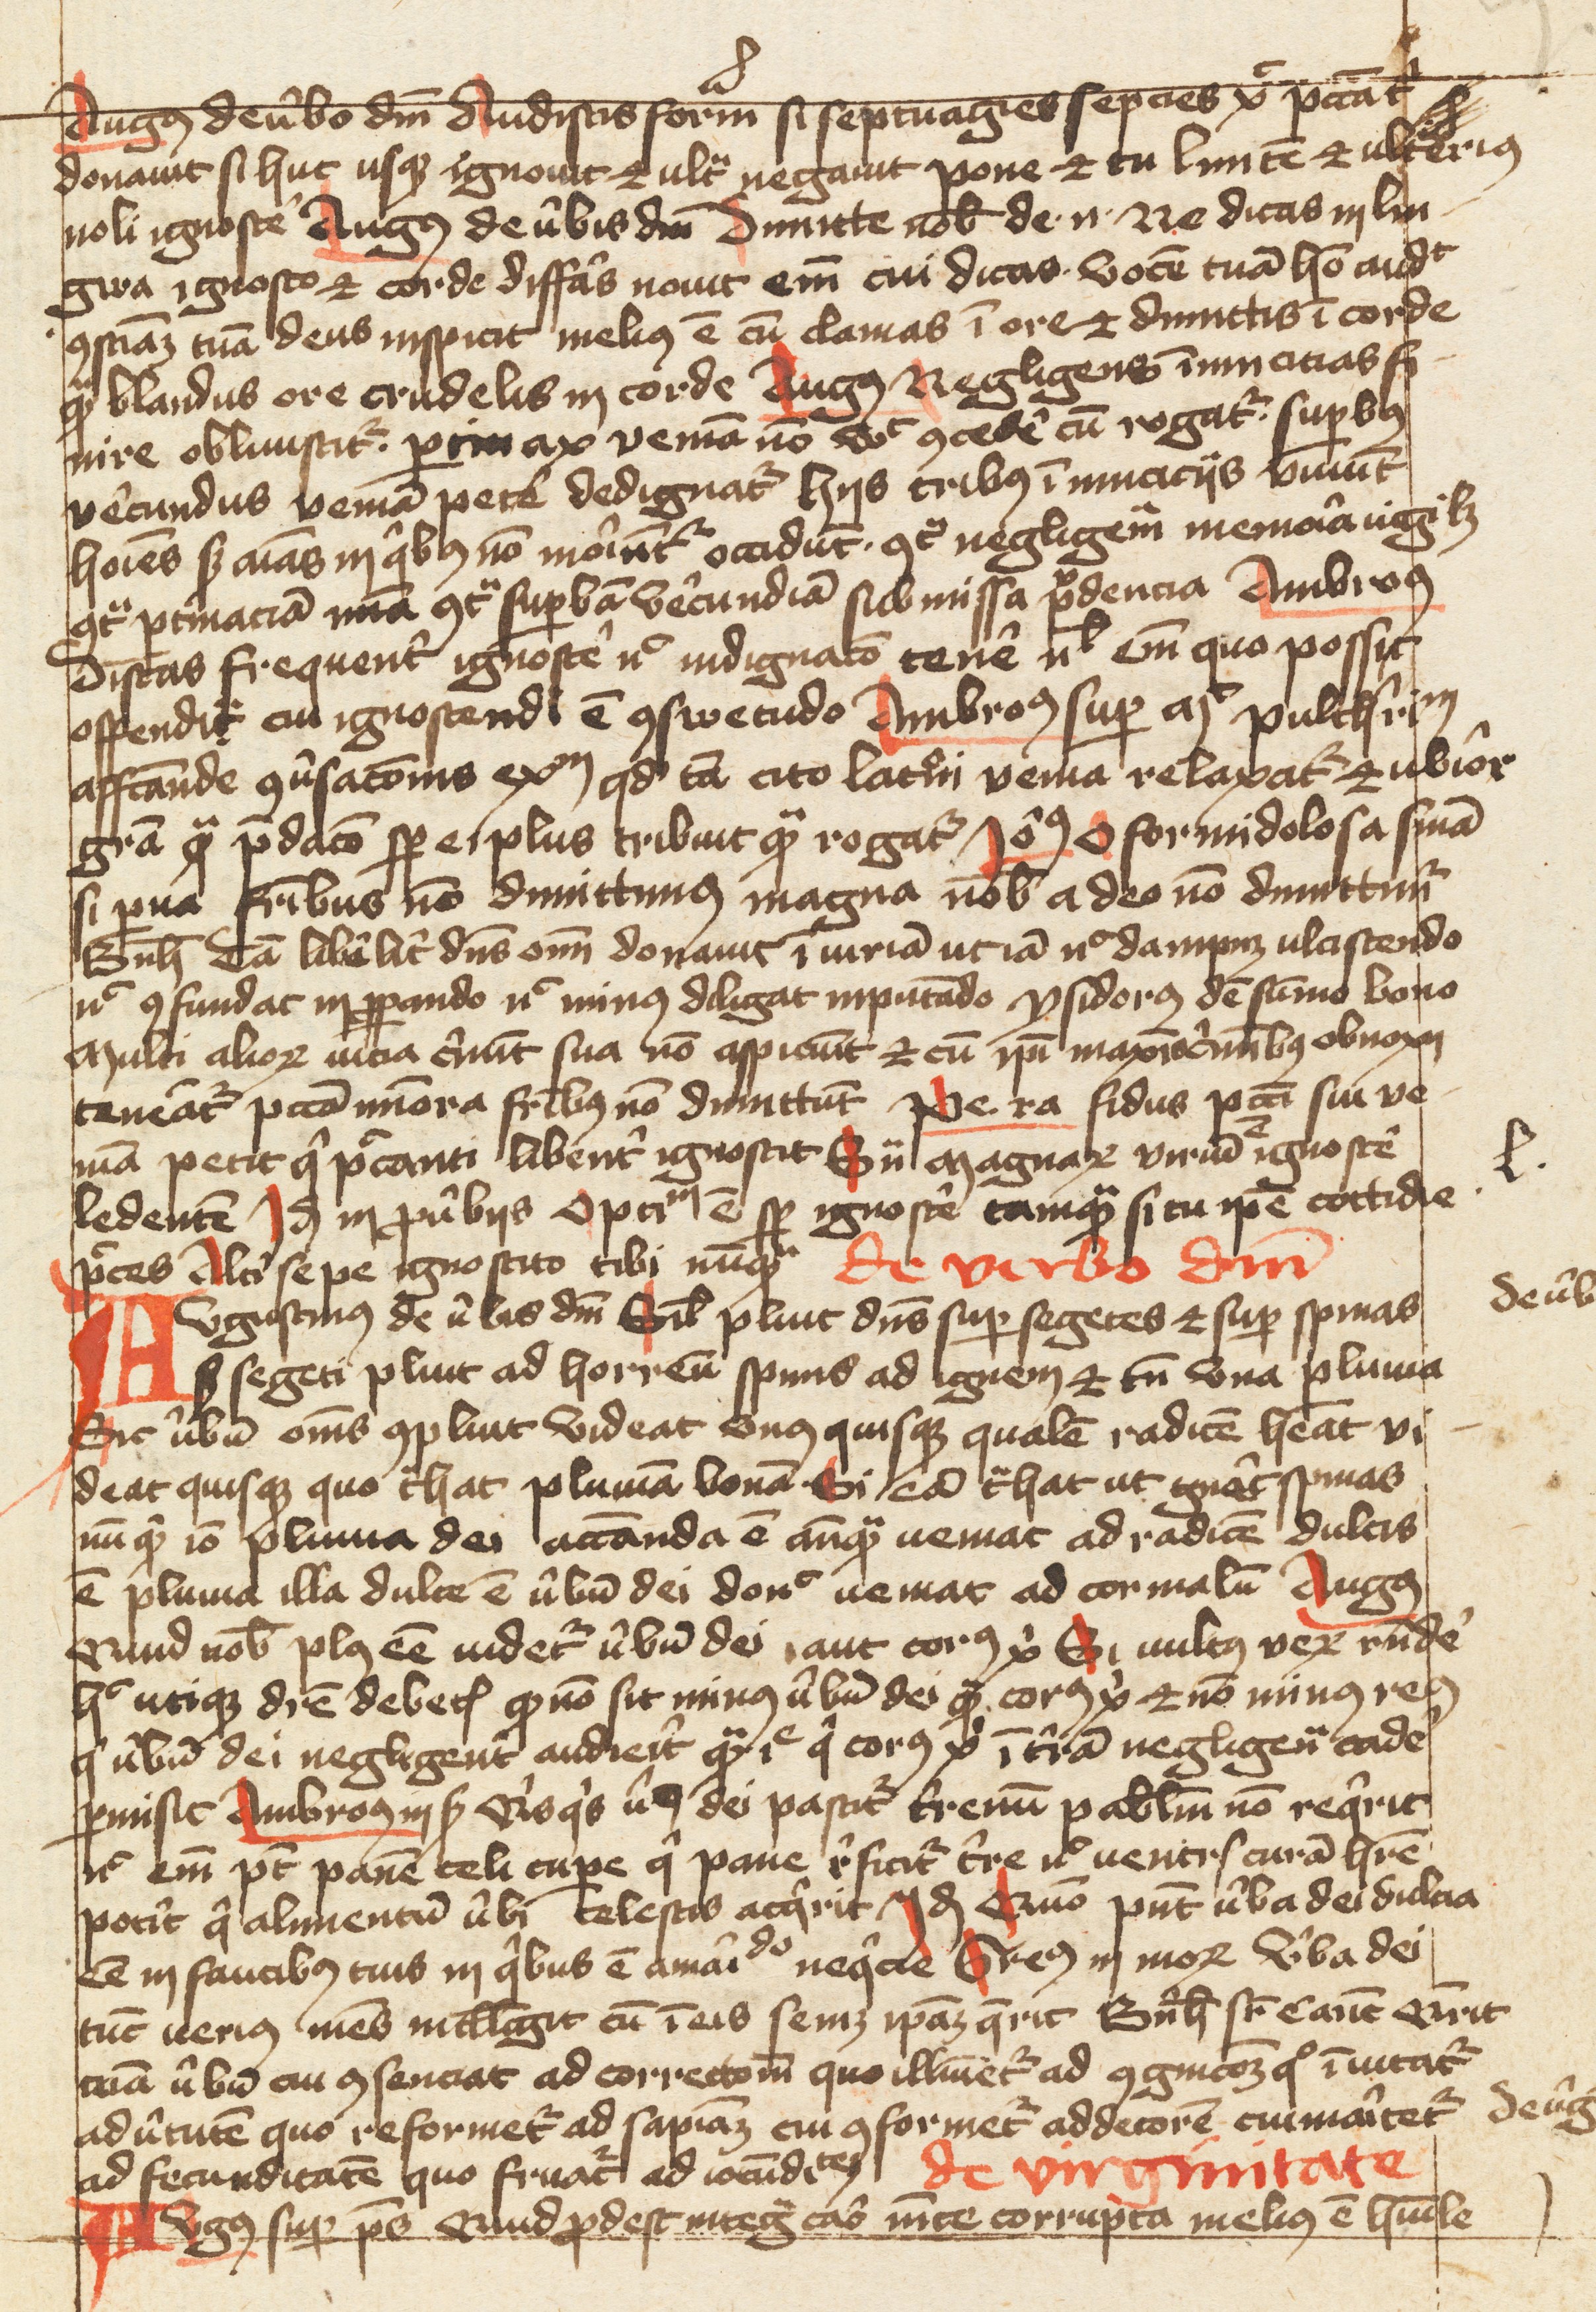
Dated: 1400–1499